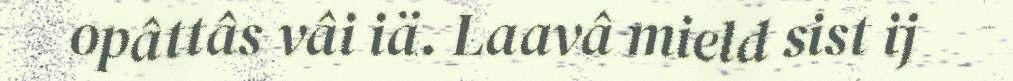
opâttâs vâi iä. Laavâ mield sist ij